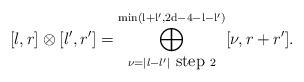
LaTeX: \begin{align*} [l,r]\otimes [l',r']= \bigoplus\limits_{\nu=\vert l-l' \vert \mbox{ step } 2}^{\mathrm{min\left( l+l',2d-4-l-l' \right)}} [\nu, r+r'].\end{align*}